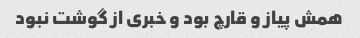
همش پیاز و قارچ بود و خبری از گوشت نبود